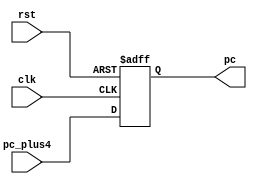
`timescale 1ns / 1ps
//////////////////////////////////////////////////////////////////////////////////
// Company: 
// Engineer: 
// 
// Design Name: 
// Module Name: PC
// Project Name: 
// Target Devices: 
// Tool Versions: 
// Description: 
// 
// Dependencies: 
// 
// Revision:
// Revision 0.01 - File Created
// Additional Comments:
// 
//////////////////////////////////////////////////////////////////////////////////


module PC(clk,rst,pc,pc_plus4);
input clk,rst;
input [31:0] pc_plus4;

output reg [31:0] pc;

always@(posedge clk or negedge rst) begin

if(rst == 32'h00000000) begin
    pc <= 32'h00000000;
end else begin
    pc <= pc_plus4;
end
end
endmodule